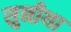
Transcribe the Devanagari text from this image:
सुनीथा